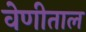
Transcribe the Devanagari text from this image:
वेणीताल